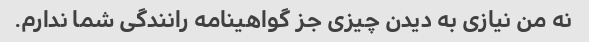
نه من نیازی به دیدن چیزی جز گواهینامه رانندگی شما ندارم.